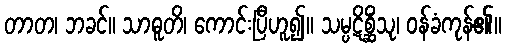
တာတ၊ ဘခင်။ သာဓူတိ၊ ကောင်းပြီဟူ၍။ သမ္ပဋိစ္ဆိံသု၊ ဝန်ခံကုန်၏။